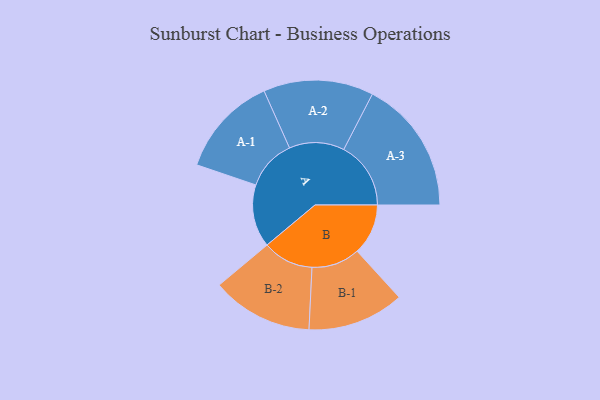
{"axis": {"x": "Segment", "y": "Value"}, "legend": ["", "A", "B"], "data": [{"x": "A", "y": 261, "type": ""}, {"x": "B", "y": 212, "type": ""}, {"x": "A-1", "y": 210, "type": "A"}, {"x": "A-2", "y": 229, "type": "A"}, {"x": "A-3", "y": 279, "type": "A"}, {"x": "B-1", "y": 201, "type": "B"}, {"x": "B-2", "y": 211, "type": "B"}]}